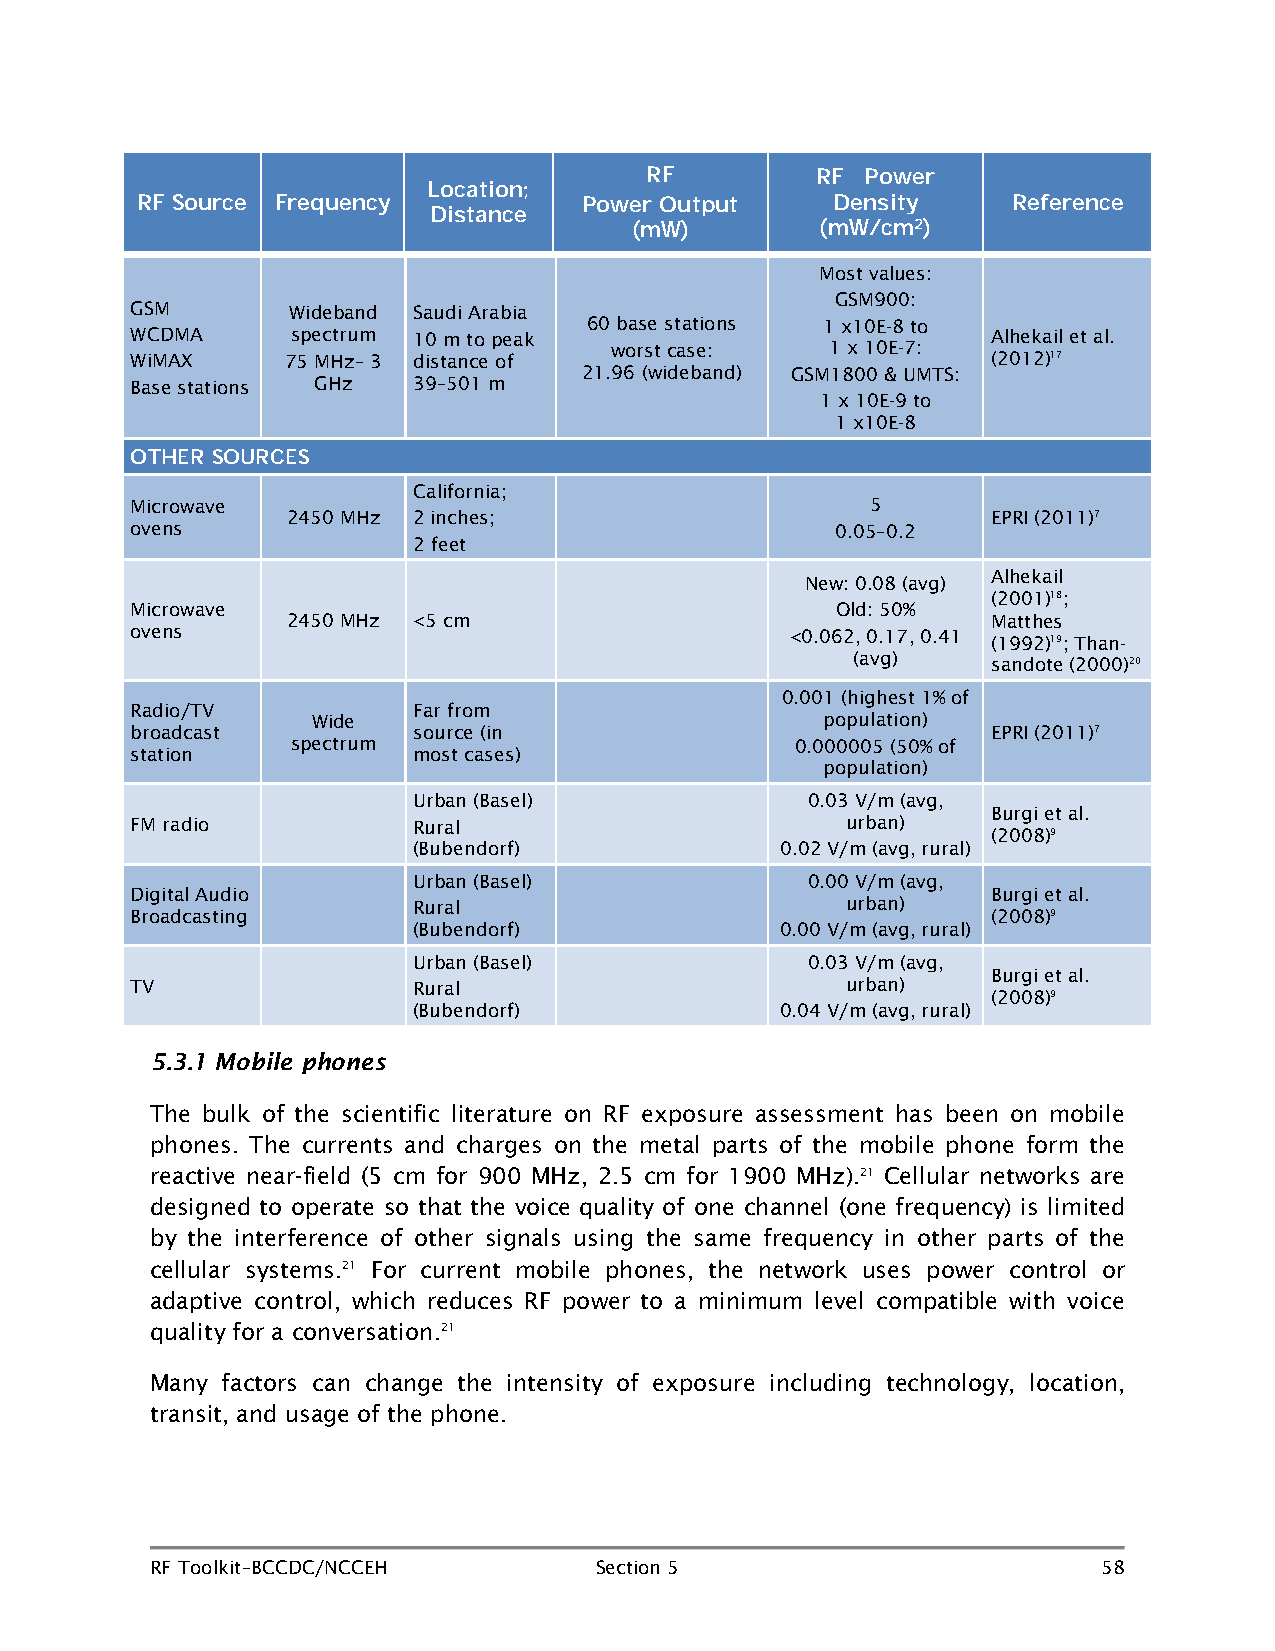
RF         RF Power
 Location;
 RF Source Frequency           Power Output    Density     Reference
 Distance
 (mW)
 (mW/cm2)
 Most values:
 GSM900:
 GSM       Wideband Saudi Arabia
 60 base stations 1 x10E-8 to
 WCDMA     spectrum 10 m to peak                          Alhekail et al.
 worst case:    1 x 10E-7:
 WiMAX     75 MHz– 3 distance of                          (2012)17
 21.96 (wideband) GSM1800 & UMTS:
 Base stations GHz 39–501 m
 1 x 10E-9 to
 1 x10E-8
 OTHER SOURCES
 California;
 Microwave                                        5
 2450 MHz 2 inches;                             EPRI (2011)7
 ovens                                         0.05–0.2
 2 feet
 Alhekail
 New: 0.08 (avg)
 (2001)18;
 Microwave                                     Old: 50%
 2450 MHz <5 cm                                 Matthes
 ovens                                      <0.062, 0.17, 0.41
 (1992)19; Than-
 (avg)
 sandote (2000)20
 0.001 (highest 1% of
 Radio/TV          Far from
 Wide                              population)
 broadcast         source (in                             EPRI (2011)7
 spectrum                          0.000005 (50% of
 station           most cases)
 population)
 Urban (Basel)             0.03 V/m (avg,
 Burgi et al.
 FM radio          Rural                        urban)
 (2008)9
 (Bubendorf)              0.02 V/m (avg, rural)
 Urban (Basel)             0.00 V/m (avg,
 Digital Audio                                            Burgi et al.
 Rural                        urban)
 Broadcasting                                             (2008)9
 (Bubendorf)              0.00 V/m (avg, rural)
 Urban (Basel)             0.03 V/m (avg,
 Burgi et al.
 TV                Rural                        urban)
 (2008)9
 (Bubendorf)              0.04 V/m (avg, rural)
 5.3.1 Mobile phones
 The bulk of the scientific literature on RF exposure assessment has been on mobile
 phones. The currents and charges on the metal parts of the mobile phone form the
 reactive near-field (5 cm for 900 MHz, 2.5 cm for 1900 MHz).21 Cellular networks are
 designed to operate so that the voice quality of one channel (one frequency) is limited
 by the interference of other signals using the same frequency in other parts of the
 cellular systems.21 For current mobile phones, the network uses power control or
 adaptive control, which reduces RF power to a minimum level compatible with voice
 quality for a conversation.21
 Many factors can change the intensity of exposure including technology, location,
 transit, and usage of the phone.
 RF Toolkit–BCCDC/NCCEH       Section 5                         58